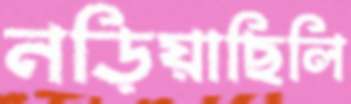
নড়িয়াছিলি